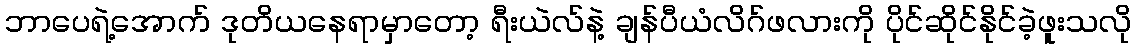
ဘာပေရဲ့အောက် ဒုတိယနေရာမှာတော့ ရီးယဲလ်နဲ့ ချန်ပီယံလိဂ်ဖလားကို ပိုင်ဆိုင်နိုင်ခဲ့ဖူးသလို